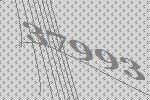
37993